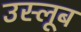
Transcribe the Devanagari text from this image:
उस्लूब